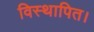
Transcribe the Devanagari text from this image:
विस्थापित।